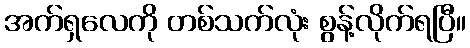
အက်ရှလေကို တစ်သက်လုံး စွန့်လိုက်ရပြီ။